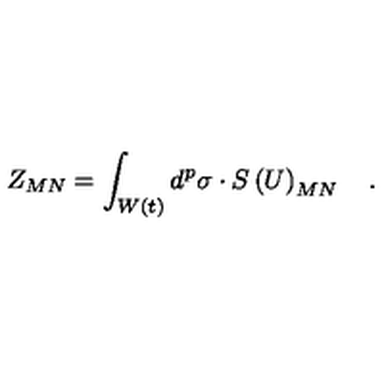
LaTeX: Z _ { M N } = \int _ { W \left( t \right) } d ^ { p } \sigma \cdot S \left( U \right) _ { M N } \quad .